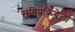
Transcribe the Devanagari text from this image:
सृष्टिप्रक्रियेला